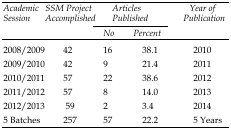
<table><thead><tr><td rowspan="2"><b>Academic Session</b></td><td rowspan="2"><b>SSM Project Accomplished</b></td><td colspan="2"><b>Articles Published</b></td><td rowspan="2"><b>Year of Publication</b></td></tr><tr><td><b>No</b></td><td><b>Percent</b></td></tr></thead><tbody><tr><td>2008/2009</td><td>42</td><td>16</td><td>38.1</td><td>2010</td></tr><tr><td>2009/2010</td><td>42</td><td>9</td><td>21.4</td><td>2011</td></tr><tr><td>2010/2011</td><td>57</td><td>22</td><td>38.6</td><td>2012</td></tr><tr><td>2011/2012</td><td>57</td><td>8</td><td>14.0</td><td>2013</td></tr><tr><td>2012/2013</td><td>59</td><td>2</td><td>3.4</td><td>2014</td></tr><tr><td>5 Batches</td><td>257</td><td>57</td><td>22.2</td><td>5 Years</td></tr></tbody></table>